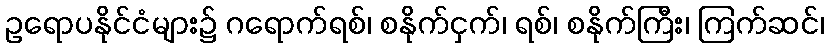
ဥရောပနိုင်ငံများ၌ ဂရောက်ရစ်၊ စနိုက်ငှက်၊ ရစ်၊ စနိုက်ကြီး၊ ကြက်ဆင်၊